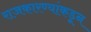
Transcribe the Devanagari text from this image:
राजकारण्यांकडून